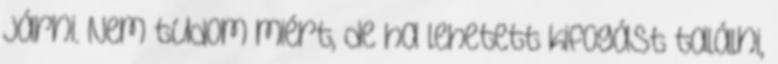
járni. Nem tudom miért, de ha lehetett kifogást találni,